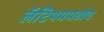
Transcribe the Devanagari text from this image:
लॅटियममध्येच